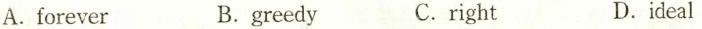
A.forever B.greedy C.right D.ideal